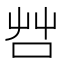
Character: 𠱭